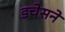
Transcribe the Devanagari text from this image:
डचेसने